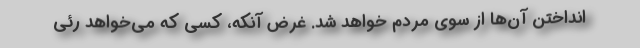
انداختن آن‌ها از سوی مردم خواهد شد. غرض آنکه، کسی که می‌خواهد رئی